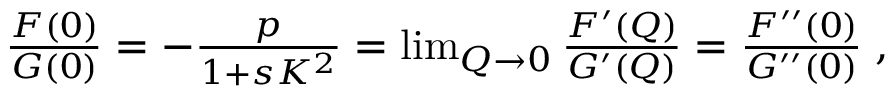
\begin{array} { r } { \frac { F ( 0 ) } { G ( 0 ) } = - \frac { p } { 1 + s K ^ { 2 } } = \operatorname* { l i m } _ { Q \rightarrow 0 } \frac { F ^ { \prime } ( Q ) } { G ^ { \prime } ( Q ) } = \frac { F ^ { \prime \prime } ( 0 ) } { G ^ { \prime \prime } ( 0 ) } \; , } \end{array}